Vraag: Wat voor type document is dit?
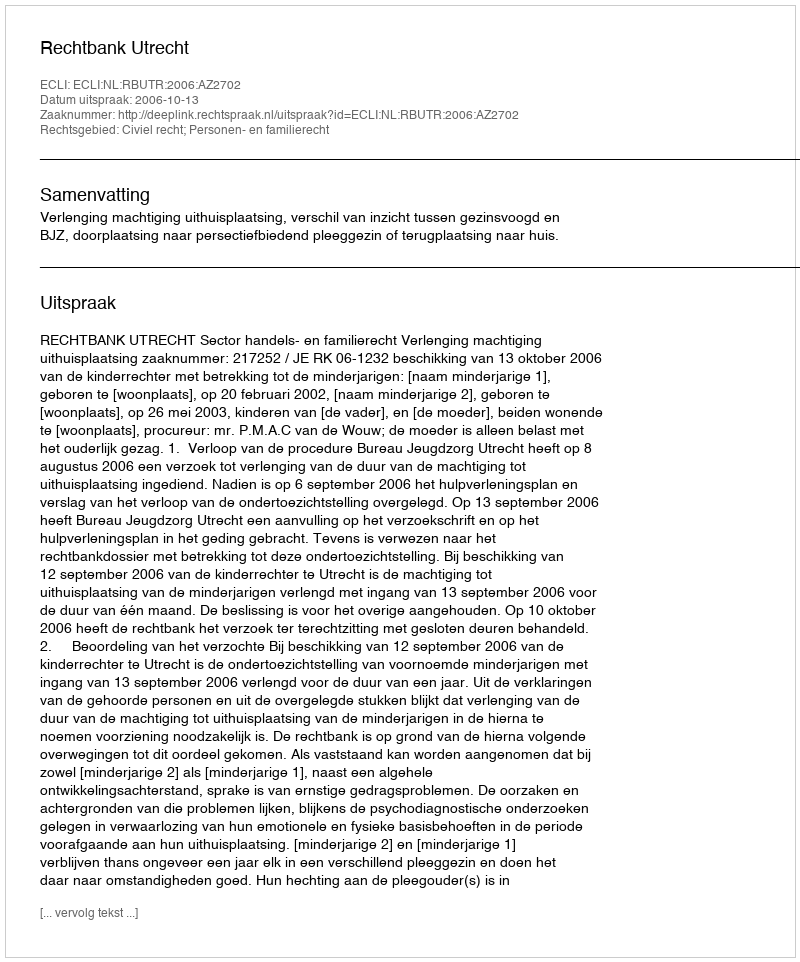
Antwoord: Uitspraak